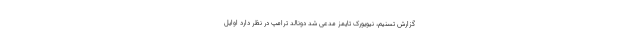
گزارش تسنیم، نیویورک تایمز مدعی شد دونالد ترامپ در نظر دارد اوایل